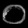
Digit: ၀